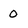
Character: 0